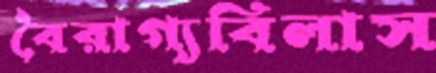
বৈরাগ্যবিলাস